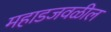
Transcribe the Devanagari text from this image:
महाडजवळील